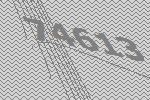
74613